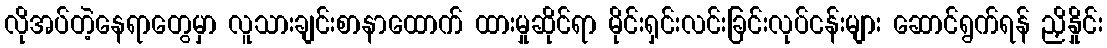
လိုအပ်တဲ့နေရာတွေမှာ လူသားချင်းစာနာထောက် ထားမှုဆိုင်ရာ မိုင်းရှင်းလင်းခြင်းလုပ်ငန်းများ ဆောင်ရွက်ရန် ညှိနှိုင်း